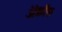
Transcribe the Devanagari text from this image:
ॲक्रॉस